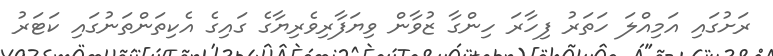
ރަށުގައި އަމިއްލަ ހަތަރު ފިހާރަ ހިންގާ ޒުވާން ވިޔަފާރިވެރިޔާގެ ގައިގެ އެކިތަންތަނުގައި ކަޓަރު